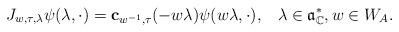
LaTeX: \begin{align*} J_{w,\tau,\lambda} \psi(\lambda, \cdot) = \mathbf{c}_{w^{-1},\tau}(-w\lambda) \psi(w\lambda, \cdot), \;\;\; \lambda \in \mathfrak{a}^*_\mathbb{C}, w \in W_A.\end{align*}